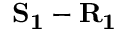
\mathbf { S _ { 1 } } - \mathbf { R _ { 1 } }